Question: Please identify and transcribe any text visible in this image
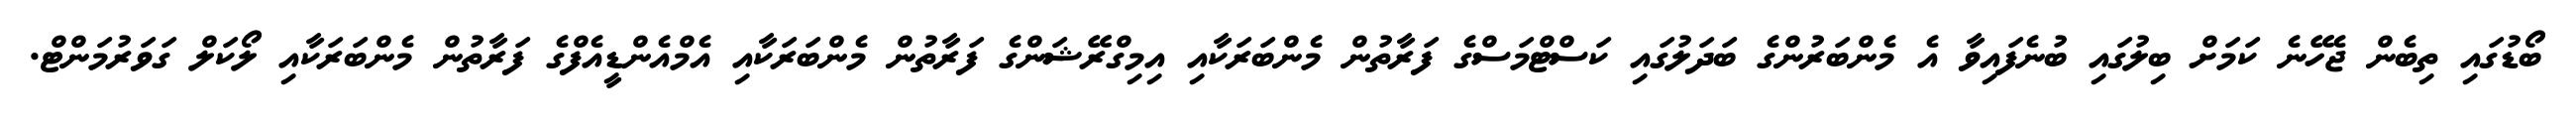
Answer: ބޯޑުގައި ތިބެން ޖެހޭނެ ކަމަށް ބިލުގައި ބުނެފައިވާ އެ މެންބަރުންގެ ބަދަލުގައި ކަސްޓްމަސްގެ ފަރާތުން މެންބަރަކާއި އިމިގްރޭޝަންގެ ފަރާތުން މެންބަރަކާއި އެމްއެންޑީއެފްގެ ފަރާތުން މެންބަރަކާއި ލޯކަލް ގަވަރުމަންޓް.